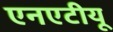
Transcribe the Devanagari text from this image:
एनएटीयू